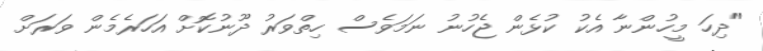
"ދިހަ މީހުންނާ އެކު ކުޅެން ޖެހުނު ނަމަވެސް ހިތްވަރު ދޫނުކޮށް އަހަރެމެން ވަރަށް